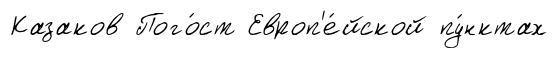
Казаков Пого́ст Европ'е́йской пу́нктах